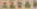
ALOAR